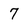
Character: 7